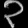
Digit: ၃